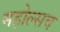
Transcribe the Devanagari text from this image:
महोल्सव